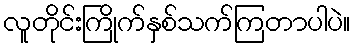
လူတိုင်းကြိုက်နှစ်သက်ကြတာပါပဲ။